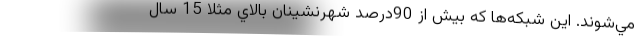
مي‌شوند. اين شبكه‌ها كه بيش از 90درصد شهرنشينان بالاي مثلا 15 سال